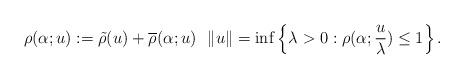
LaTeX: \begin{align*} \rho(\alpha; u):=\tilde{\rho}(u)+\overline{\rho}(\alpha;u)\ \ \Vert u\Vert=\inf\left\lbrace \lambda>0 : \rho(\alpha;\frac{u}{\lambda})\leq 1\right\rbrace. \end{align*}